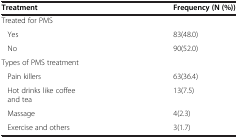
<table><thead><tr><td><b>Treatment</b></td><td><b>Frequency (N (%))</b></td><td><b> </b></td></tr></thead><tbody><tr><td>Treated for PMS</td><td> </td><td> </td></tr><tr><td>Yes</td><td>83(48.0)</td><td> </td></tr><tr><td>No</td><td>90(52.0)</td><td> </td></tr><tr><td>Types of PMS treatment</td><td> </td><td> </td></tr><tr><td>Pain killers</td><td>63(36.4)</td><td> </td></tr><tr><td>Hot drinks like coffee and tea</td><td>13(7.5)</td><td> </td></tr><tr><td>Massage</td><td>4(2.3)</td><td> </td></tr><tr><td>Exercise and others</td><td>3(1.7)</td><td> </td></tr></tbody></table>